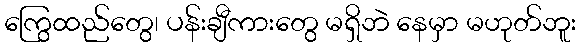
ကြွေထည်တွေ၊ ပန်းချီကားတွေ မရှိဘဲ နေမှာ မဟုတ်ဘူး